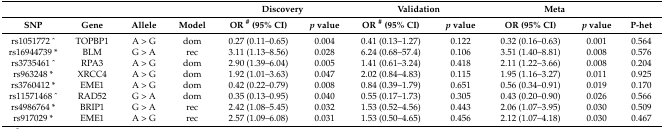
|  |  |  |  | <COLSPAN=2> Discovery | <COLSPAN=2> Validation | <COLSPAN=2> Meta |  |
 | SNP | Gene | Allele | Model | OR # (95% CI) | p value | OR # (95% CI) | p value | OR (95% CI) | p value | P-het |
 | --- | --- | --- | --- | --- | --- | --- | --- | --- | --- | --- |
 | rs1051772 ^ | TOPBP1 | A > G | dom | 0.27 (0.11–0.65) | 0.004 | 0.41 (0.13–1.27) | 0.122 | 0.32 (0.16–0.63) | 0.001 | 0.564 |
 | rs16944739 * | BLM | G > A | rec | 3.11 (1.13–8.56) | 0.028 | 6.24 (0.68–57.4) | 0.106 | 3.51 (1.40–8.81) | 0.008 | 0.576 |
 | rs3735461 ^ | RPA3 | A > G | dom | 2.90 (1.39–6.04) | 0.005 | 1.41 (0.61–3.24) | 0.418 | 2.11 (1.22–3.66) | 0.008 | 0.204 |
 | rs963248 * | XRCC4 | A > G | dom | 1.92 (1.01–3.63) | 0.047 | 2.02 (0.84–4.83) | 0.115 | 1.95 (1.16–3.27) | 0.011 | 0.925 |
 | rs3760412 * | EME1 | A > G | dom | 0.42 (0.22–0.79) | 0.008 | 0.84 (0.39–1.79) | 0.651 | 0.56 (0.34–0.91) | 0.019 | 0.170 |
 | rs11571468 ^ | RAD52 | G > A | dom | 0.35 (0.13–0.95) | 0.040 | 0.55 (0.17–1.73) | 0.305 | 0.43 (0.20–0.90) | 0.026 | 0.566 |
 | rs4986764 * | BRIP1 | G > A | rec | 2.42 (1.08–5.45) | 0.032 | 1.53 (0.52–4.56) | 0.443 | 2.06 (1.07–3.95) | 0.030 | 0.509 |
 | rs917029 * | EME1 | A > G | rec | 2.57 (1.09–6.08) | 0.031 | 1.53 (0.50–4.65) | 0.456 | 2.12 (1.07–4.18) | 0.030 | 0.467 |